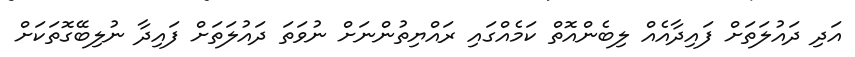
އަދި ދައުލަތަށް ފައިދާއެއް ލިބެންއޮތް ކަމެއްގައި ރައްޔިތުންނަށް ނުވަތަ ދައުލަތަށް ފައިދާ ނުލިބޭގޮތަކަށް